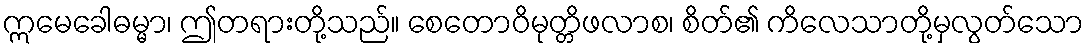
ဣမေခေါဓမ္မာ၊ ဤတရားတို့သည်။ စေတောဝိမုတ္တိဖလာစ၊ စိတ်၏ ကိလေသာတို့မှလွတ်သော